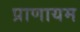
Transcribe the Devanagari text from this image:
प्राणायम